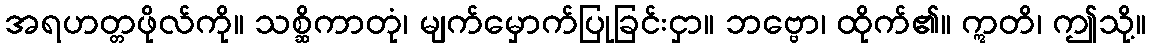
အရဟတ္တဖိုလ်ကို။ သစ္ဆိကာတုံ၊ မျက်မှောက်ပြုခြင်းငှာ။ ဘဗ္ဗော၊ ထိုက်၏။ ဣတိ၊ ဤသို့။